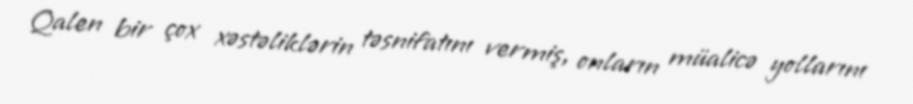
Qalen bir çox xəstəliklərin təsnifatını vermiş, onların müalicə yollarını